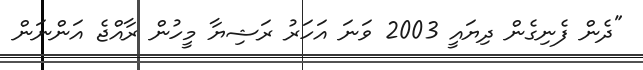
"ދެން ފެނިގެން ދިޔައީ 2003 ވަނަ އަހަރު ރަޝިޔާ މީހުން ރާއްޖެ އަންނަން